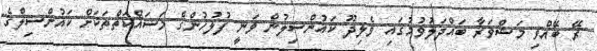
ރޭ ބޭއްވި މަޝްވަރާ ބައްދަލުވުމުގައި ވެލިދޫ ކައުންސިލުން ވަނީ ފުލުހުންގެ މަސައްކަތްތަކަށް ކައުންސިލްގެ